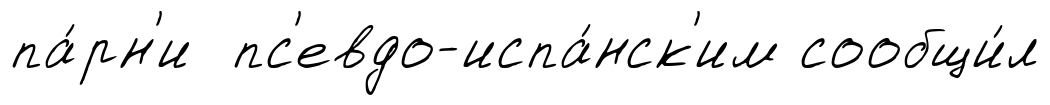
па́рн'и пс'евдо-испа́нск'им сообщи́л